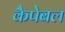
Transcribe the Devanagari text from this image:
कैपेबल